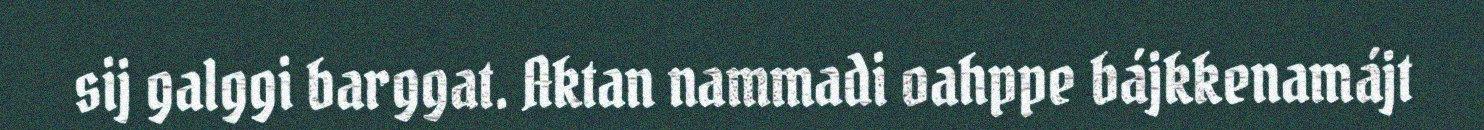
sij galggi barggat. Aktan nammadi oahppe bájkkenamájt